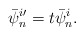
\begin{align*}\bar{\psi}_{n}^{i\prime}=t\bar{\psi}_{n}^{i}.\end{align*}